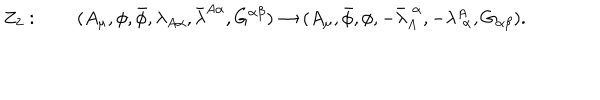
LaTeX: Z _ { 2 } : \qquad ( A _ { \mu } , \phi , \bar { \phi } , \lambda _ { A \alpha } , \bar { \lambda } ^ { A \alpha } , G ^ { \alpha \beta } ) \rightarrow ( A _ { \mu } , \bar { \phi } , \phi , - \bar { \lambda } _ { A } ^ { \! ~ ~ \alpha } , - \lambda _ { \! ~ ~ \alpha } ^ { A } , G _ { \alpha \beta } ) .